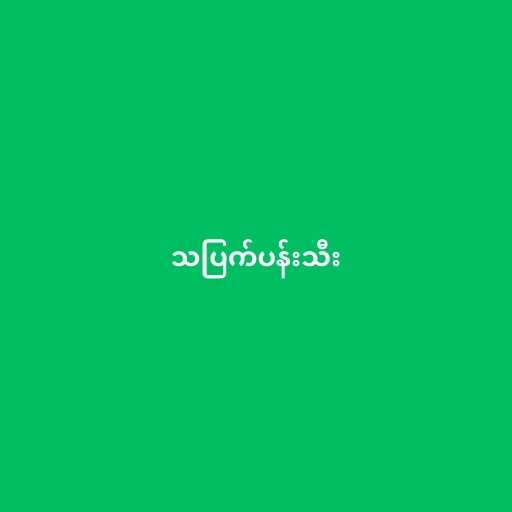
သပြက်ပန်းသီး